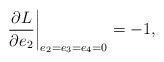
LaTeX: \begin{align*}\left.\frac{\partial L}{\partial e_2}\right|_{e_2=e_3=e_4=0}=-1,\end{align*}